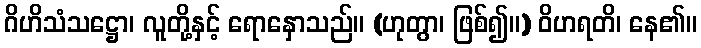
ဂိဟိသံသဋ္ဌော၊ လူတို့နှင့် ရောနှောသည်။ (ဟုတွာ၊ ဖြစ်၍။) ဝိဟရတိ၊ နေ၏။